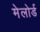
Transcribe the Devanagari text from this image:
मेलोर्ड